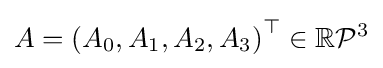
A=\left(A_{0},A_{1},A_{2},A_{3}\right)^{\top }\in \mathbb {R} {\mathcal {P}}^{3}